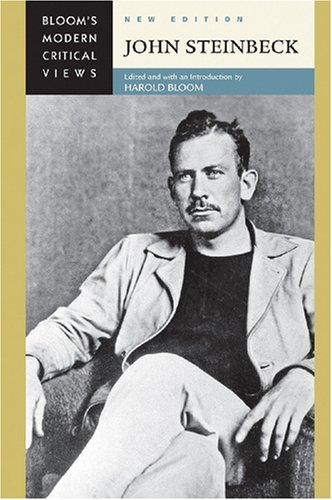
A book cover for John Steinbeck (Bloom's Modern Critical Views); Teen & Young Adult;